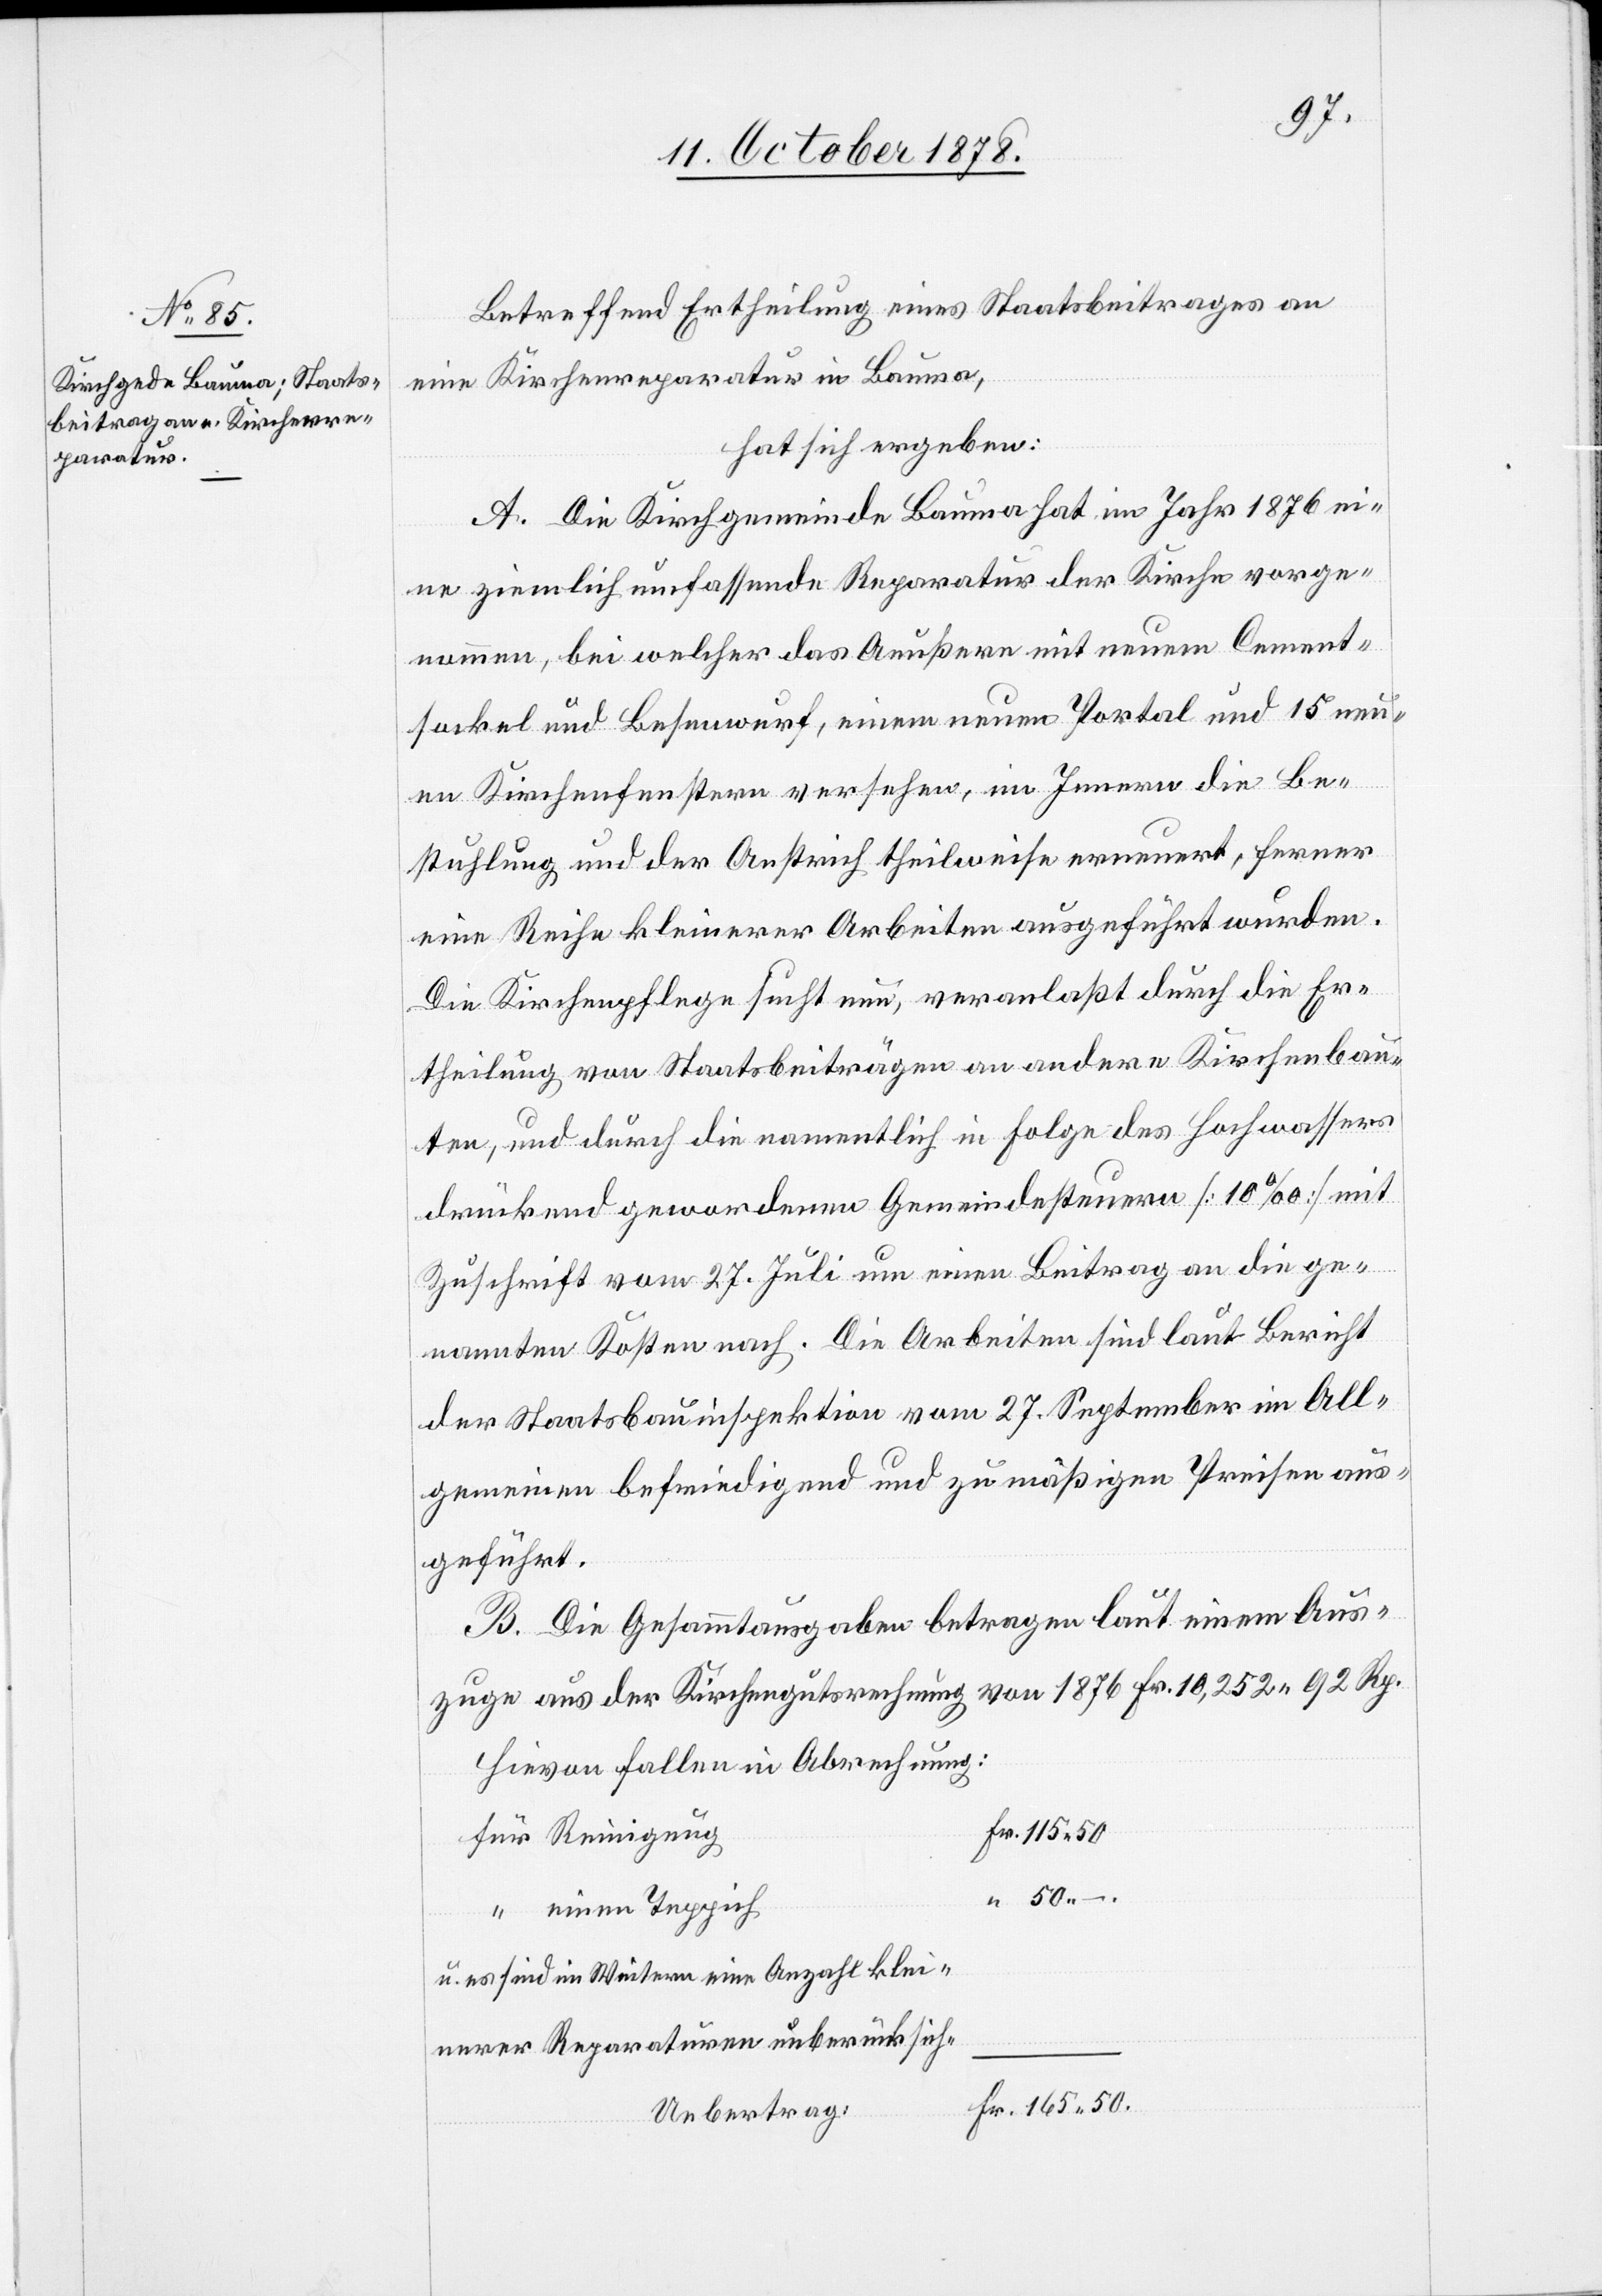
Betreffend Ertheilung eines Staatsbeitrages an
eine Kirchenreparatur in Bauma,
hat sich ergeben:
A. Die Kirchgemeinde Bauma hat im Jahr 1876 ei¬
ne ziemlich umfassende Reparatur der Kirche vorge¬
nommen, bei welcher das Aeußere mit neuem Cement¬
sockel und Besenwurf, einem neuen Portal und 15 neu¬
en Kirchenfenstern versehen, im Innern die Be¬
stuhlung und der Anstrich theilweise erneuert, ferner
eine Reihe kleinerer Arbeiten ausgeführt wurden.
Die Kirchenpflege sucht nun, veranlaßt durch die Er¬
theilung von Staatsbeiträgen an andere Kirchenbau¬
ten, und durch die namentlich in Folge des Hochwassers
drückend gewordenen Gemeindesteuern [10‰] mit
Zuschrift vom 27. Juli um einen Beitrag an die ge¬
nannten Kosten nach. Die Arbeiten sind laut Bericht
der Staatsbauinspektion vom 27. September im all¬
gemeinen befriedigend und zu mäßigen Preisen aus¬
geführt.
B. Die Gesammtausgaben betragen laut einem Aus¬
zuge aus der Kirchengutsrechnung von 1876 Fr. 10,252 92 Rp.
Hievon fallen in Abrechnung:
für Reinigung
“ einen Teppich
u. es sind im Weitern eine Anzahl
kleinerer Reparaturen unberücksich-